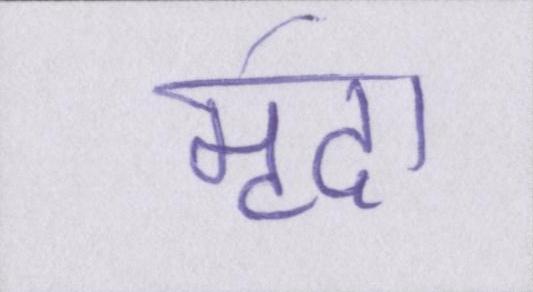
मृदा